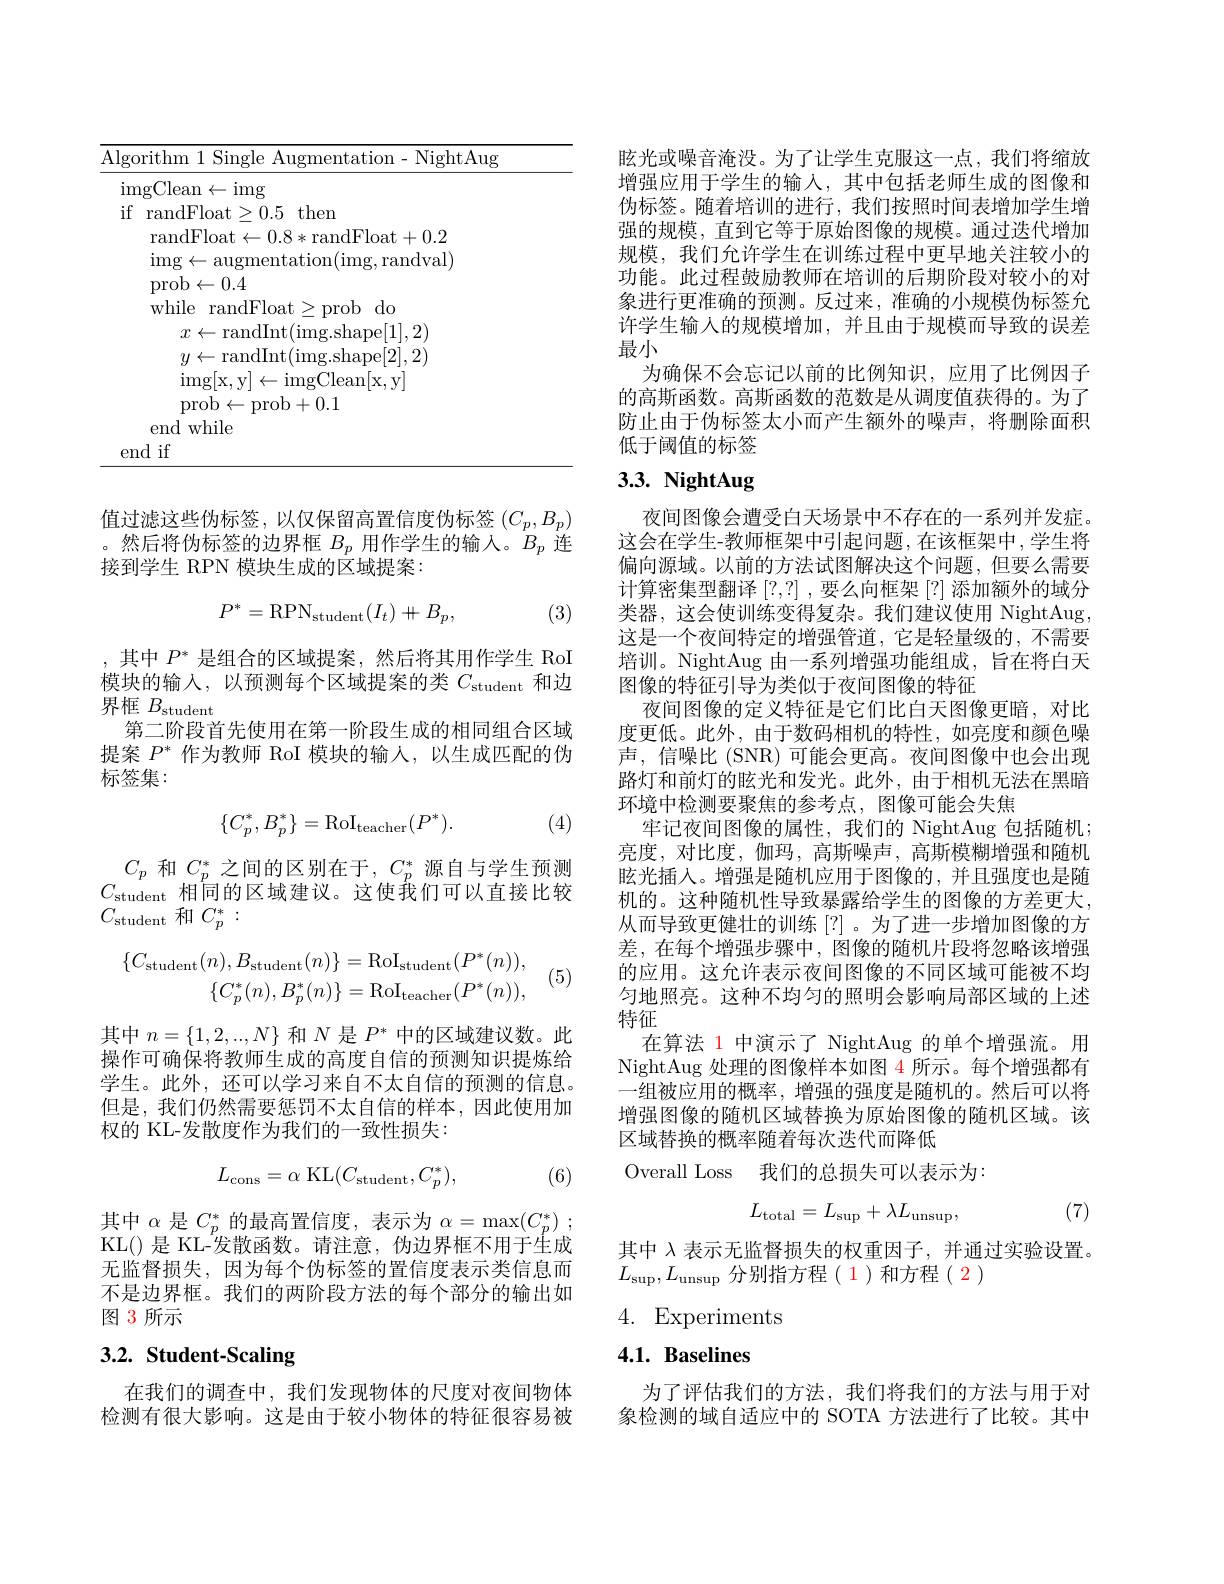
<table>
	<tbody>
		<tr>
			<td>$\underline{{\mathrm{Algo}}}$</td>
			<td>$\overline{\mathrm{Alg}}$ T 1</td>
			<td>gorithm 1 Single Augmentation- NightAug</td>
		</tr>
	</tbody>
</table>

值过滤这些伪标签，以仅保留高置信度伪标签$(C_p,B_p)$ 。然后将伪标签的边界框$B_p$用作学生的输入。$B_p$连接到学生 RPN 模块生成的区域提案：
$$P^*=\mathrm{RPN}_{\mathrm{student}}(I_t)+B_p,$$
(3)

,其中$P^*$是组合的区域提案，然后将其用作学生 RoI 模块的输入，以预测每个区域提案的类$C_\mathrm{student}$和边界框$B_\mathrm{student}$
第二阶段首先使用在第一阶段生成的相同组合区域提案$P^*$作为教师 RoI 模块的输入，以生成匹配的伪标签集：

(4)
$$\{C_p^*,B_p^*\}=\mathrm{RoI}_{\mathrm{teacher}}(P^*).$$
$C_{p}$和$C_p^*$之间的区别在于$,C_p^*$源自与学生预测$C_{\mathrm{student}}$相同的区域建议。这使我们可以直接比较$C_{\mathrm{student}}$和$C_p^*:$
$$\begin{aligned}\{C_{\mathrm{student}}(n),B_{\mathrm{student}}(n)\}&=\mathrm{RoI}_{\mathrm{student}}(P^{*}(n)),\\\{C_{p}^{*}(n),B_{p}^{*}(n)\}&=\mathrm{RoI}_{\mathrm{teacher}}(P^{*}(n)),\end{aligned}$$
(5)

其中$n=\{1,2,..,N\}$和$N$是$P^*$中的区域建议数。此操作可确保将教师生成的高度自信的预测知识提炼给学生。此外，还可以学习来自不太自信的预测的信息。但是，我们仍然需要惩罚不太自信的样本，因此使用加权的 KL-发散度作为我们的一致性损失：
$$L_{\mathrm{cons}}=\alpha\:\mathrm{KL}(C_{\mathrm{student}},C_{p}^{*}),$$
(6)

其中$\alpha$是$C_p^{*}$的最高置信度，表示为$\alpha = \max ( C_p^{* })$ ; KL() 是 KL-发散函数。请注意，伪边界框不用于生成无监督损失，因为每个伪标签的置信度表示类信息而不是边界框。我们的两阶段方法的每个部分的输出如图 3 所示

# 3.2. Student-Scaling

在我们的调查中，我们发现物体的尺度对夜间物体检测有很大影响。这是由于较小物体的特征很容易被

眩光或噪音淹没。为了让学生克服这一点，我们将缩放增强应用于学生的输入，其中包括老师生成的图像和伪标签。随着培训的进行，我们按照时间表增加学生增强的规模，直到它等于原始图像的规模。通过迭代增加规模，我们允许学生在训练过程中更早地关注较小的功能。此过程鼓励教师在培训的后期阶段对较小的对象进行更准确的预测。反过来，准确的小规模伪标签允许学生输入的规模增加，并且由于规模而导致的误差最小
为确保不会忘记以前的比例知识，应用了比例因子的高斯函数。高斯函数的范数是从调度值获得的。为了防止由于伪标签太小而产生额外的噪声，将删除面积低于阈值的标签

# $3. 3. \textbf{ NightAug}$

夜间图像会遭受白天场景中不存在的一系列并发症。这会在学生-教师框架中引起问题，在该框架中，学生将偏向源域。以前的方法试图解决这个问题，但要么需要计算密集型翻译 [?,?] ,要么向框架 [?] 添加额外的域分类器，这会使训练变得复杂。我们建议使用 NightAug, 这是一个夜间特定的增强管道，它是轻量级的，不需要培训。NightAug 由一系列增强功能组成，旨在将白天图像的特征引导为类似于夜间图像的特征
夜间图像的定义特征是它们比白天图像更暗，对比度更低。此外，由于数码相机的特性，如亮度和颜色噪声，信噪比 (SNR)可能会更高。夜间图像中也会出现路灯和前灯的眩光和发光。此外，由于相机无法在黑暗环境中检测要聚焦的参考点，图像可能会失焦
牢记夜间图像的属性，我们的 NightAug 包括随机； 亮度，对比度，伽玛，高斯噪声，高斯模糊增强和随机眩光插入。增强是随机应用于图像的，并且强度也是随机的。这种随机性导致暴露给学生的图像的方差更大， 从而导致更健壮的训练[?]。为了进一步增加图像的方差，在每个增强步骤中，图像的随机片段将忽略该增强的应用。这允许表示夜间图像的不同区域可能被不均匀地照亮。这种不均匀的照明会影响局部区域的上述特征
在算法 1 中演示了 NightAug 的单个增强流。用NightAug 处理的图像样本如图 4 所示。每个增强都有一组被应用的概率，增强的强度是随机的。然后可以将增强图像的随机区域替换为原始图像的随机区域。该区域替换的概率随着每次迭代而降低
Overall Loss 我们的总损失可以表示为：
$$L_{\mathrm{total}}=L_{\mathrm{sup}}+\lambda L_{\mathrm{unsup}},$$
(7)

其中$\lambda$表示无监督损失的权重因子，并通过实验设置。
$L_{\mathrm{sup}},L_{\mathrm{unsup}}$分别指方程(1)和方程(2)

4. Experiments

# $4. 1. \textbf{Baselines}$

为了评估我们的方法，我们将我们的方法与用于对象检测的域自适应中的 SOTA 方法进行了比较。其中